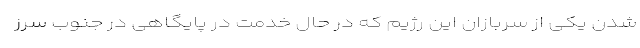
شدن یکی از سربازان این رژیم که در حال خدمت در پایگاهی در جنوب سرز